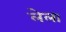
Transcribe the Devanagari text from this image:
लेला